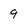
Character: 9